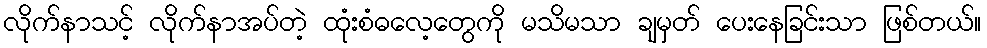
လိုက်နာသင့် လိုက်နာအပ်တဲ့ ထုံးစံဓလေ့တွေကို မသိမသာ ချမှတ် ပေးနေခြင်းသာ ဖြစ်တယ်။